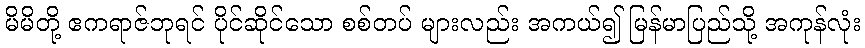
မိမိတို့ ဧကရာဇ်ဘုရင် ပိုင်ဆိုင်သော စစ်တပ် များလည်း အကယ်၍ မြန်မာပြည်သို့ အကုန်လုံး